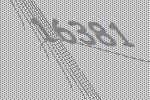
16381